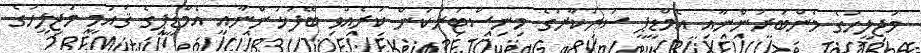
މަޖިލީހުގެ މެންބަރުންނާއި އެމްޑީޕީ ސަރުކާރުގެ މިނިސްޓަރުކަން ކުރެއްވި ބޭފުޅުންނާއި އެމްޑީޕީގެ ޤައުމީ މަޖިލީހުގެ